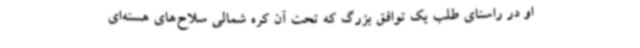
او در راستای طلب یک توافق بزرگ که تحت آن کره شمالی سلاح‌های هسته‌ای